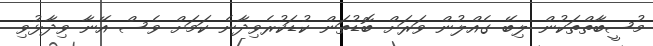
މުސީބާތްތަކުން ލިބޭ ގެއްލުން ވަރަށް ބޮޑުތަން ކުޑަކުރެވިދާނެ ކަމަށް ވެސް އޭނާ ވިދާޅުވި